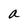
Character: a